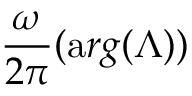
\frac { \omega } { 2 \pi } ( { \mathrm { a } r g } ( \Lambda ) )